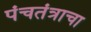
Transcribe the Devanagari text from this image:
पंचतंत्राचा